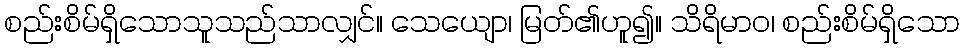
စည်းစိမ်ရှိသောသူသည်သာလျှင်။ သေယျော၊ မြတ်၏ဟူ၍။ သိရိမာဝ၊ စည်းစိမ်ရှိသော